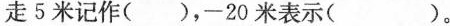
走5米记作()，-20米表示( )。